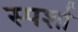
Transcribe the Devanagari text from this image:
स्पर्शा